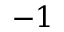
- 1